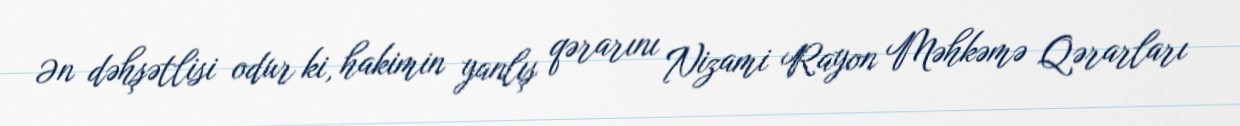
Ən dəhşətlisi odur ki, hakimin yanlış qərarını Nizami Rayon Məhkəmə Qərarları